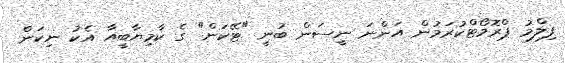
ފިލްމު ޕްރޮމޯޓްކުރަމުން އަންނަ ނީސަން ބުނީ "ޓޭކަން" ގެ ކާމިޔާބީއާ އެކު ނިކަން